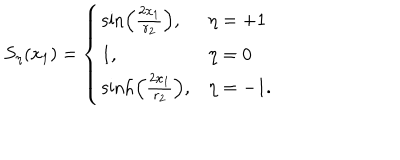
S _ { \eta } ( x _ { 1 } ) = \left\{ \begin{array} { l l } { { \sin \left( { \frac { 2 x _ { 1 } } { r _ { 2 } } } \right) , } } & { { \eta = + 1 } } \\ { { 1 , } } & { { \eta = 0 } } \\ { { \sinh \left( { \frac { 2 x _ { 1 } } { r _ { 2 } } } \right) , } } & { { \eta = - 1 . } } \\ \end{array} \right.